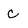
Character: C